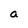
Character: a